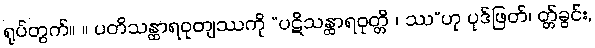
ရုပ်တွက်။ ။ ပတိသန္ထာရဝုတျဿကို “ပဋိသန္ထာရဝုတ္တိ ၊ ဿ”ဟု ပုဒ်ဖြတ်၊ တ္တ်ခွင်း,